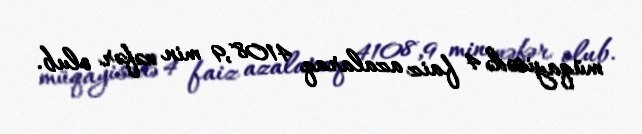
müqayisədə 4 faiz azalaraq 4108,9 min nəfər olub.